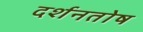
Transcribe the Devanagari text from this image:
दर्शनतोष